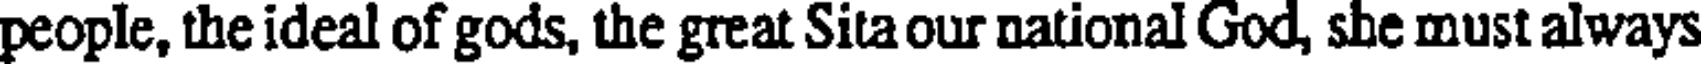
people, the ideal of gods, the great Sita our national God, she must always